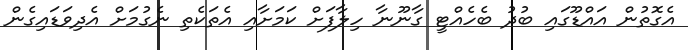
އެގޮތުން އައްޑޫގައި ބުދު ބެހެއްޓީ ގާނޫނާ ހިލާފަށް ކަމަށާއި އެތަކެތި ނެގުމަށް އެދިވަޑައިގެން